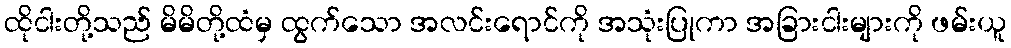
ထိုငါးတို့သည် မိမိတို့ထံမှ ထွက်သော အလင်းရောင်ကို အသုံးပြုကာ အခြားငါးများကို ဖမ်းယူ